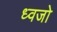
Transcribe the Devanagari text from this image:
ध्वजो